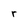
Character: r